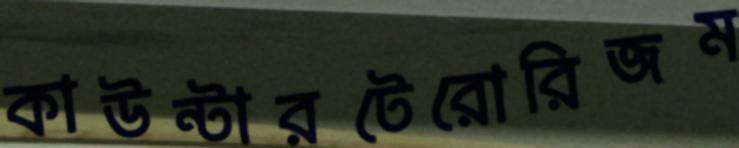
কাউন্টারটেরোরিজম